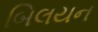
બિલયન